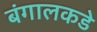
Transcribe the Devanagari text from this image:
बंगालकडे